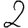
Digit: 2